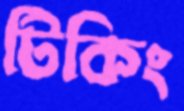
টিকিং